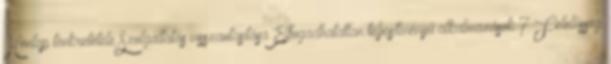
Honlap tönkretétele Szolgáltatás visszautasítása Elfogadhatatlan teljesítményű alkalmazások 7 Felelősség